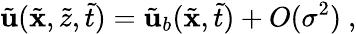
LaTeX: \tilde{\mathbf{u}}(\tilde{\mathbf{x}},\tilde{z},\tilde{t})=\tilde{\mathbf{u}}_{b}(\tilde{\mathbf{x}},\tilde{t})+O(\sigma^{2})\ ,